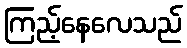
ကြည့်နေလေသည်